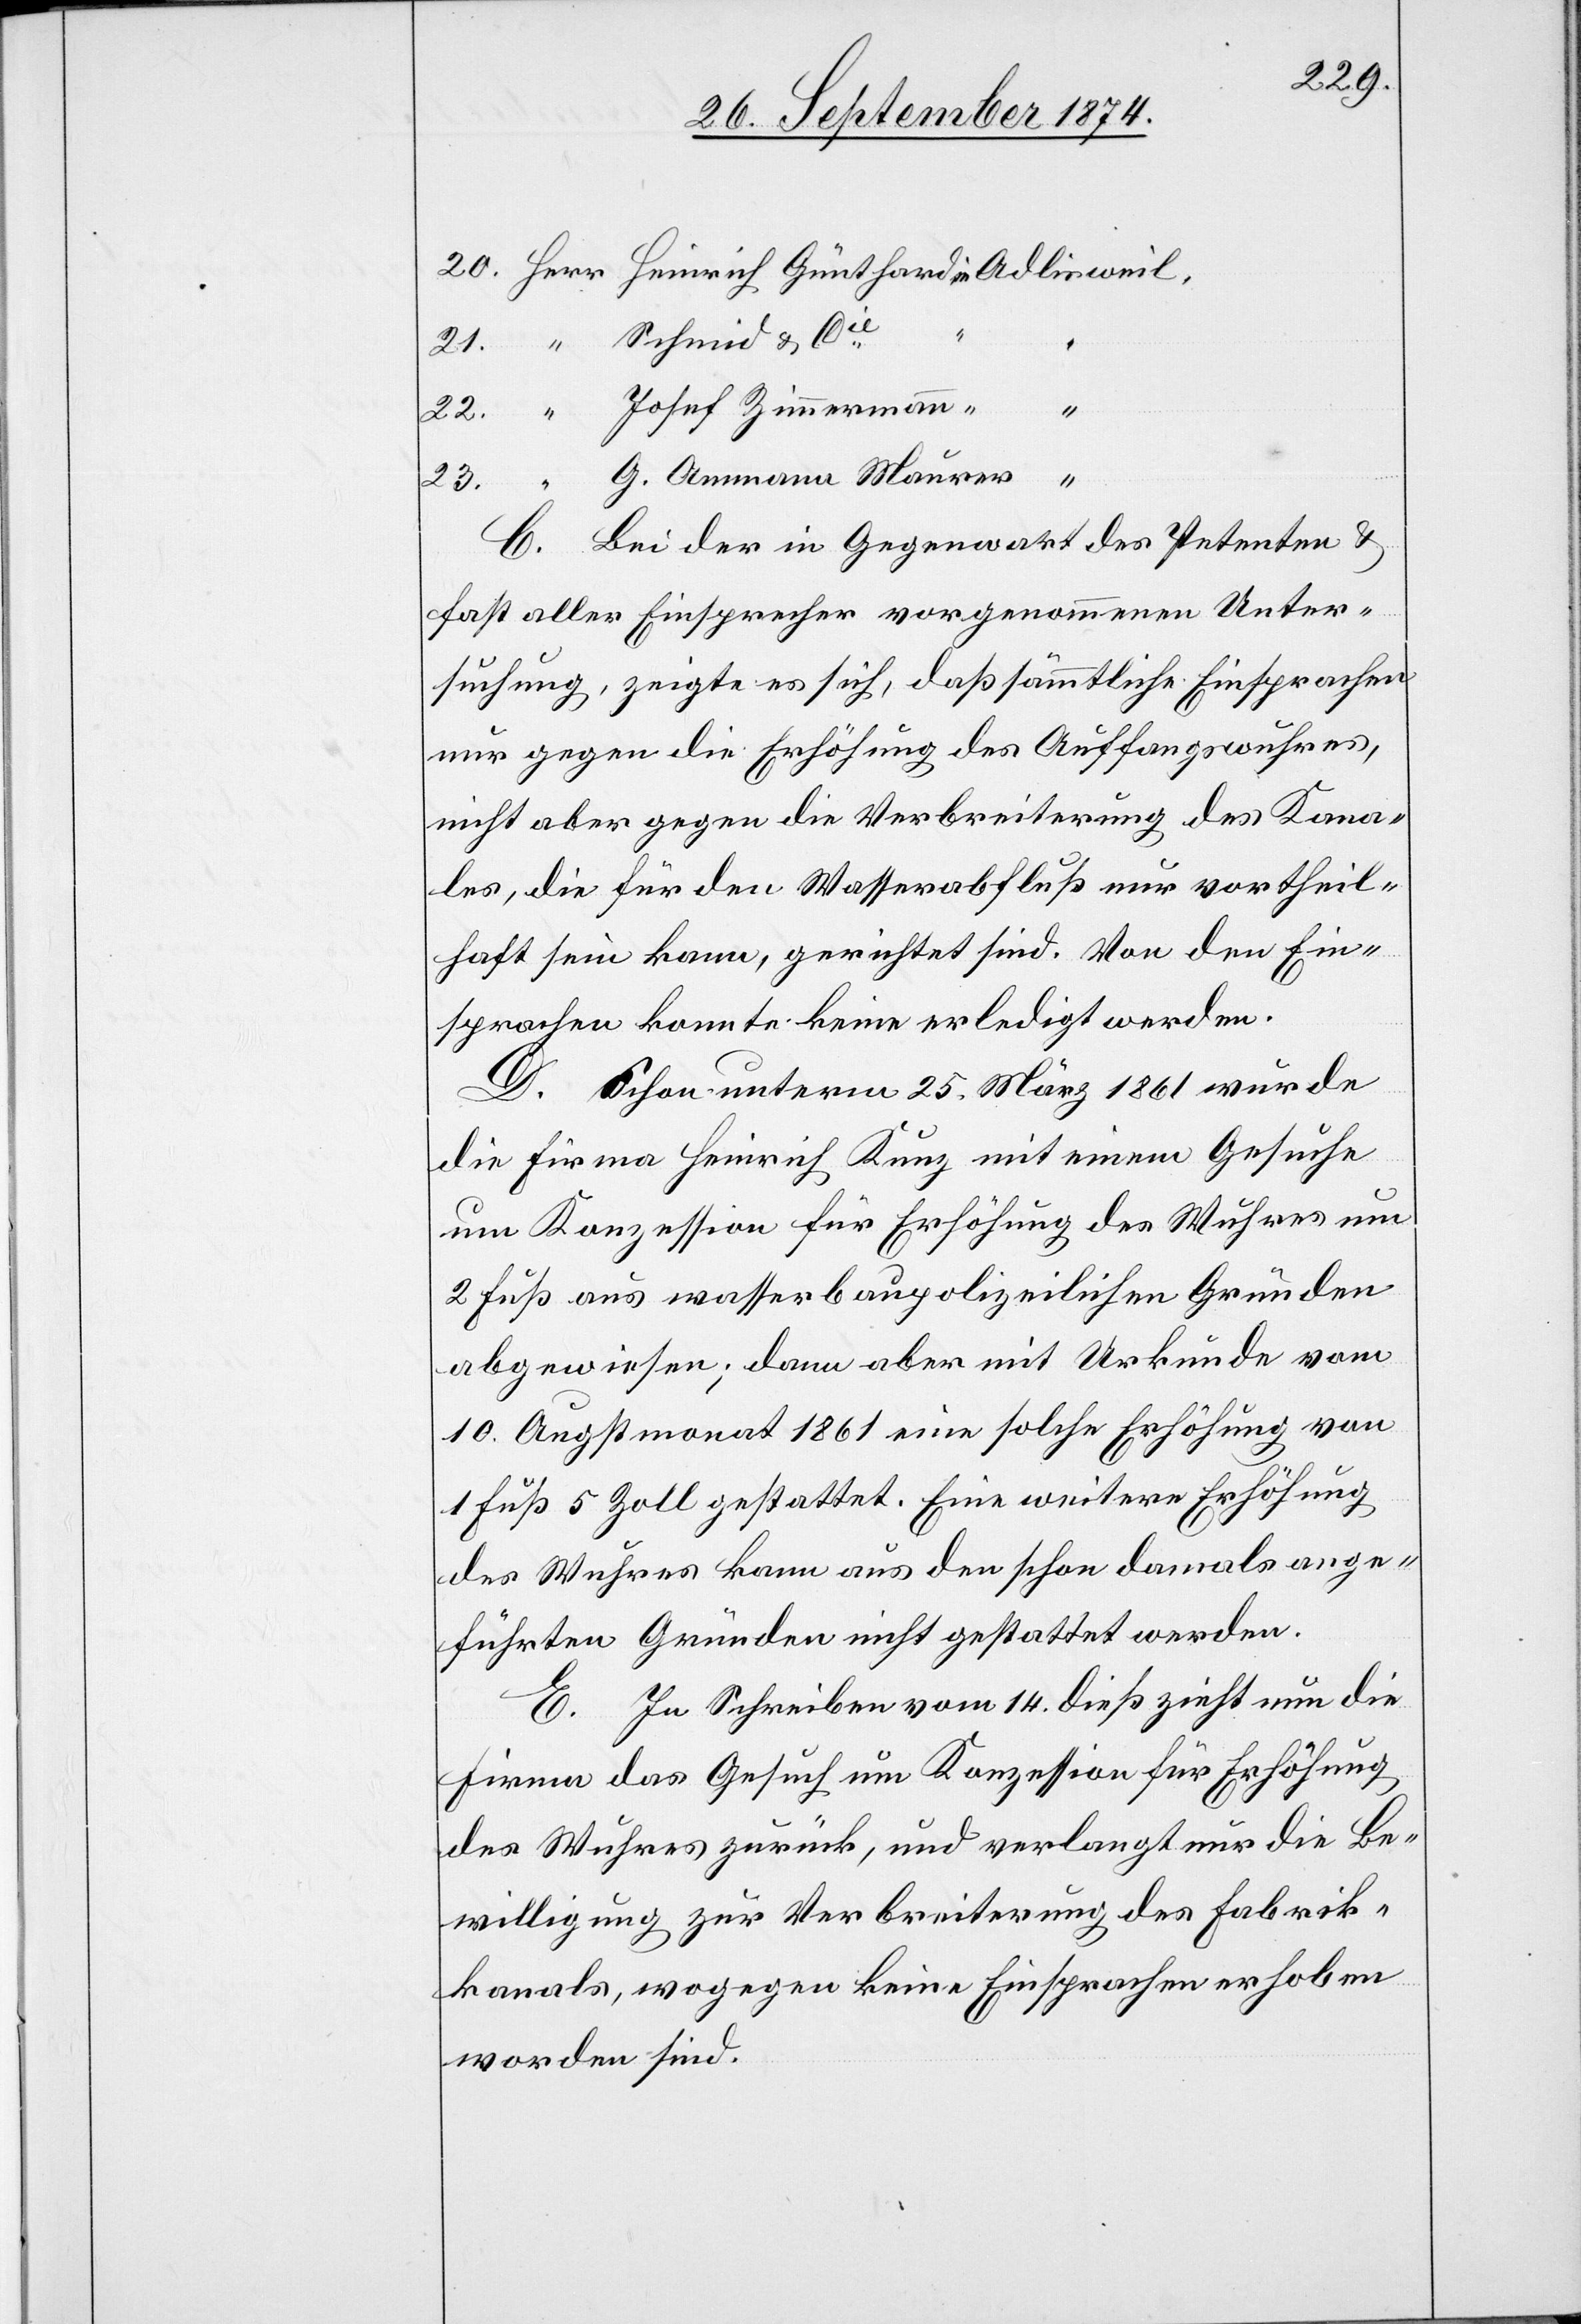
22.
23.
G. Ammann Maurer
C. Bei der in Gegenwart des Petenten &
fast aller Einsprecher vorgenommenen Unter¬
suchung, zeigte es sich, daß sämmtliche Einsprachen
nur gegen die Erhöhung des Auffangswuhres,
nicht aber gegen die Verbreiterung des Kana¬
les, die für den Wasserabfluß nur vortheil¬
haft sein kann, gerichtet sind. Von den Ein¬
sprachen konnte keine erledigt werden.
D. Schon unterm 25. März 1861 wurde
die Firma Heinrich Kunz mit einem Gesuche
um Konzession für Erhöhung des Wuhres um
2 Fuß aus wasserbaupolizeilichen Gründen
abgewiesen; dann aber mit Urkunde vom
10. Augstmonat 1861 eine solche Erhöhung von
1 Fuß 5 Zoll gestattet. Eine weitere Erhöhung
des Wuhres kann aus den schon damals ange¬
führten Gründen nicht gestattet werden.
E. In Schreiben vom 14. dieß zieht nun die
Firma das Gesuch um Konzession für Erhöhung
des Wuhres zurück, und verlangt nur die Be¬
willigung zur Verbreiterung des Fabrik¬
kanals, wogegen keine Einsprachen erhoben
worden sind.